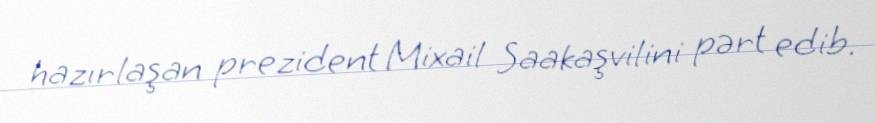
hazırlaşan prezident Mixail Saakaşvilini pərt edib.